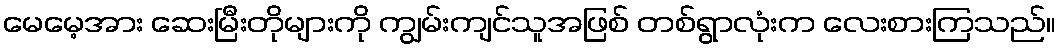
မေမေ့အား ဆေးမြီးတိုများကို ကျွမ်းကျင်သူအဖြစ် တစ်ရွာလုံးက လေးစားကြသည်။